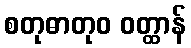
စတုဓာတုဝ ဝတ္ထာန်